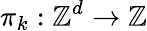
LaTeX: \pi_{k}:\mathbb{Z}^{d}\to\mathbb{Z}